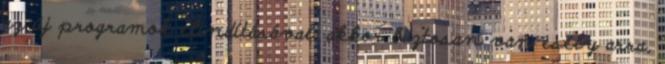
az új programok elindításával, akkor biztosan van esély arra,